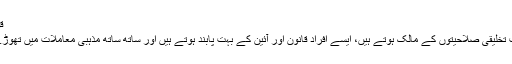
قوس(saggittarius)
اس برج کے لوگ بہت تخلیقی صلاحیتوں کے مالک ہوتے ہیں، ایسے افراد قانون اور آئین کے بہت پابند ہوتے ہیں اور ساتھ ساتھ مذہبی معاملات میں تھوڑے انتہا پسند ہوتے ہیں۔